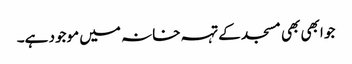
جو ابھی بھی مسجد کے تہہ خانہ میں موجود ہے۔